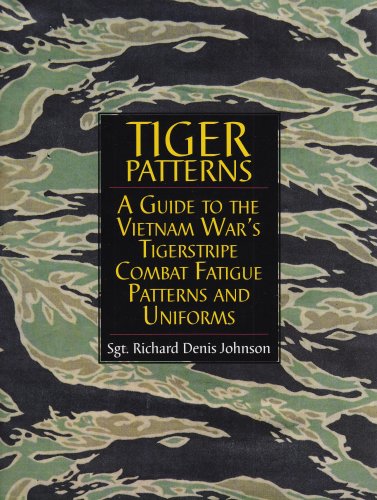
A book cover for Tiger Patterns: A Guide to the Vietnam War's Tigerstripe Combat Fatigue Patterns and Uniforms (Schiffer Military/Aviation History); Richard Denis Johnson; Crafts, Hobbies & Home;